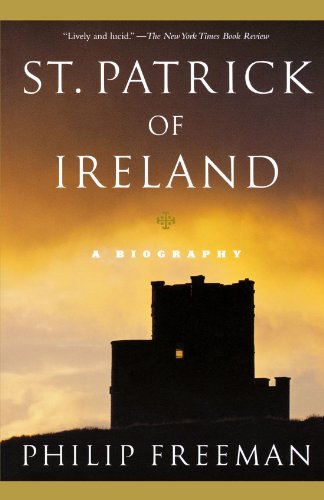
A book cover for St. Patrick of Ireland: A Biography; Philip Freeman; Biographies & Memoirs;